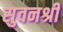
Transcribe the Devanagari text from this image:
सुवनश्री